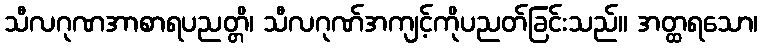
သီလဂုဏအာစာရပညတ္တိ၊ သီလဂုဏ်အကျင့်ကိုပညတ်ခြင်းသည်။ အတ္ထရသော၊